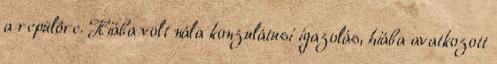
a repülôre. Hiába volt nála konzulátusi igazolás, hiába avatkozott